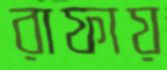
রাফায়